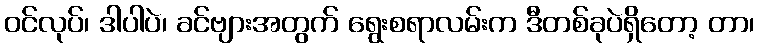
ဝင်လုပ်၊ ဒါပါပဲ၊ ခင်ဗျားအတွက် ရွေးစရာလမ်းက ဒီတစ်ခုပဲရှိတော့ တာ၊